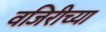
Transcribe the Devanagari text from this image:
वजिरीच्या